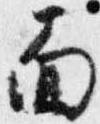
面